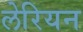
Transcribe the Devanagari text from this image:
लेरियन